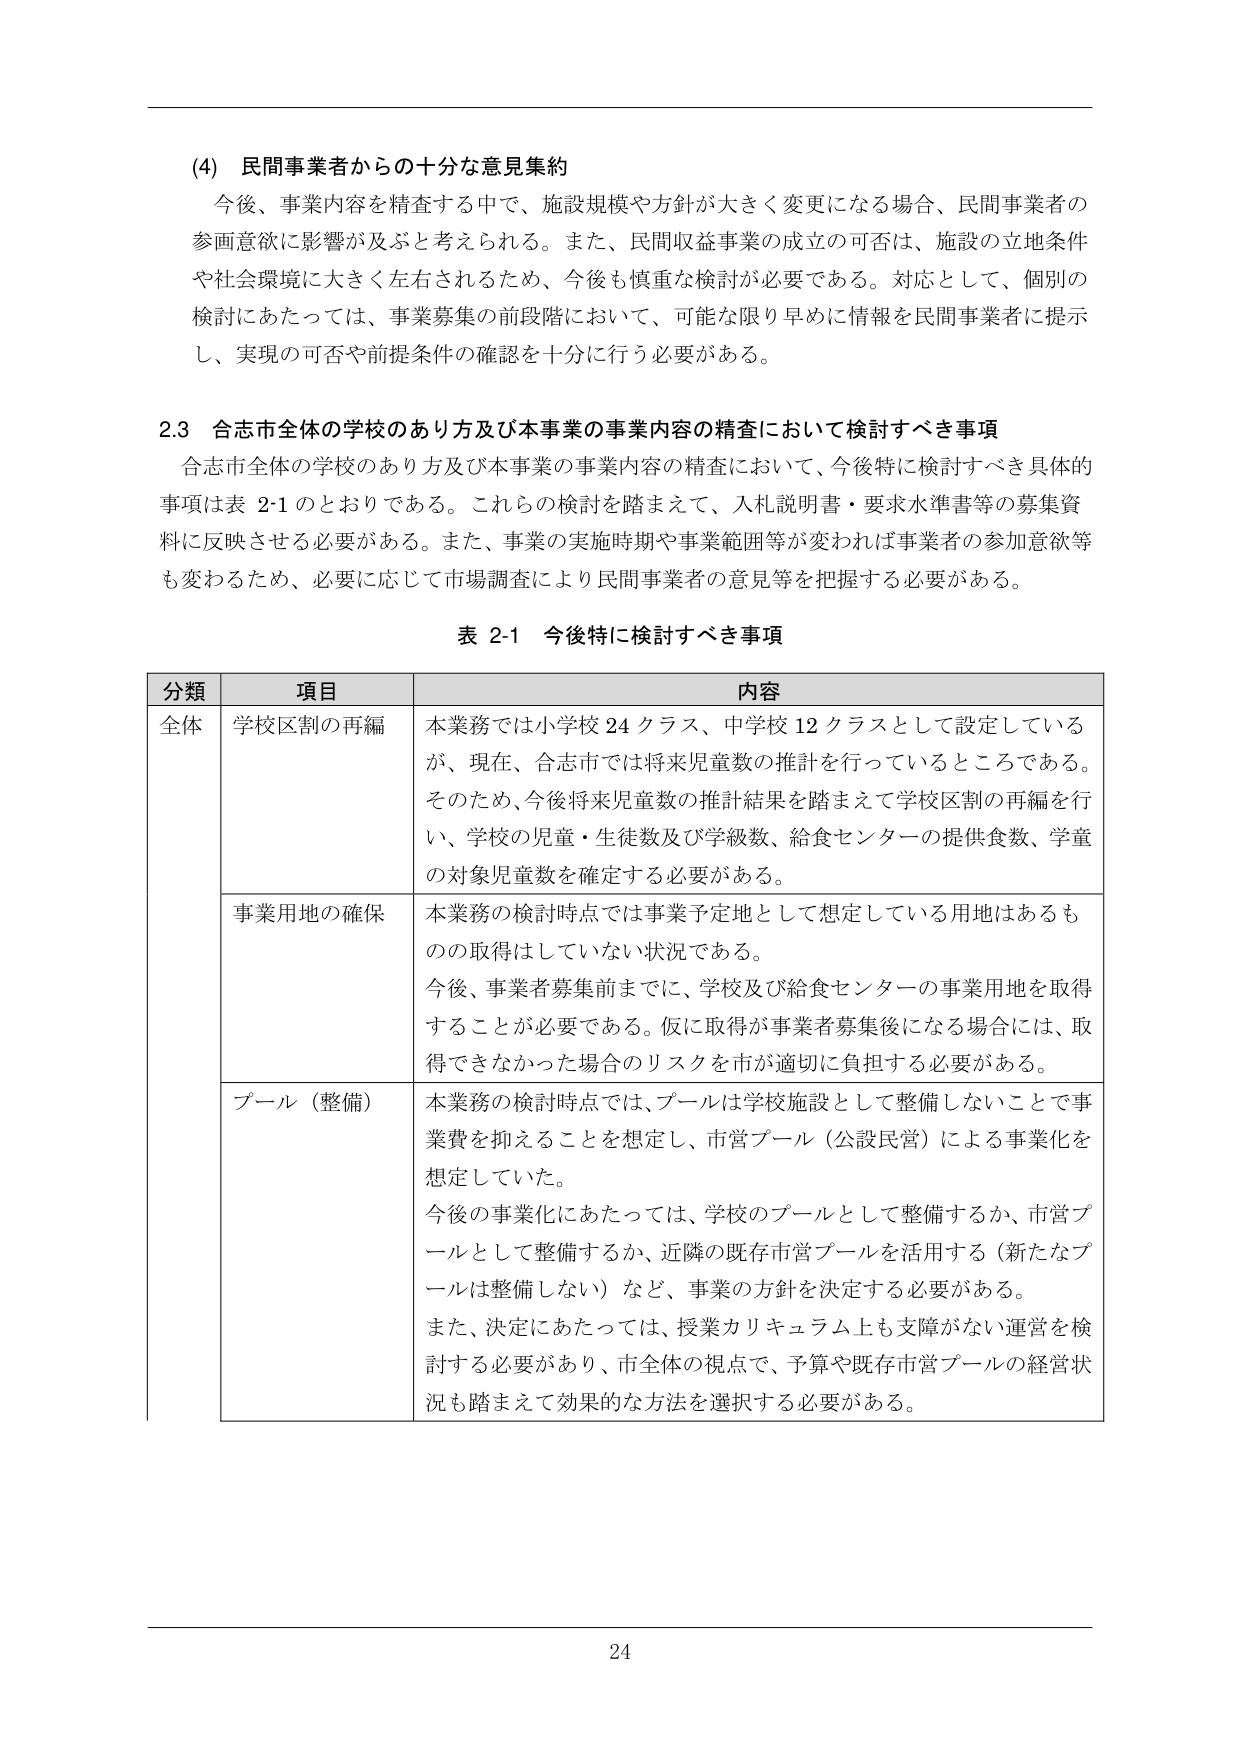
(4) 民間事業者からの十分な意見集約
今後、事業内容を精査する中で、施設規模や方針が大きく変更になる場合、民間事業者の参画意欲に影響が及ぶと考えられる。また、民間収益事業の成立の可否は、施設の立地条件や社会環境に大きく左右されるため、今後も慎重な検討が必要である。対応として、個別の検討にあたっては、事業募集の前段階において、可能な限り早めに情報を民間事業者に提示し、実現の可否や前提条件の確認を十分に行う必要がある。

2.3 合志市全体の学校のあり方及び本事業の事業内容の精査において検討すべき事項
合志市全体の学校のあり方及び本事業の事業内容の精査において、今後特に検討すべき具体的事項は表 2-1 のとおりである。これらの検討を踏まえて、入札説明書・要求水準書等の募集資料に反映させる必要がある。また、事業の実施時期や事業範囲等が変われば事業者の参加意欲等も変わるため、必要に応じて市場調査により民間事業者の意見等を把握する必要がある。

表 2-1 今後特に検討すべき事項

分類　　項目